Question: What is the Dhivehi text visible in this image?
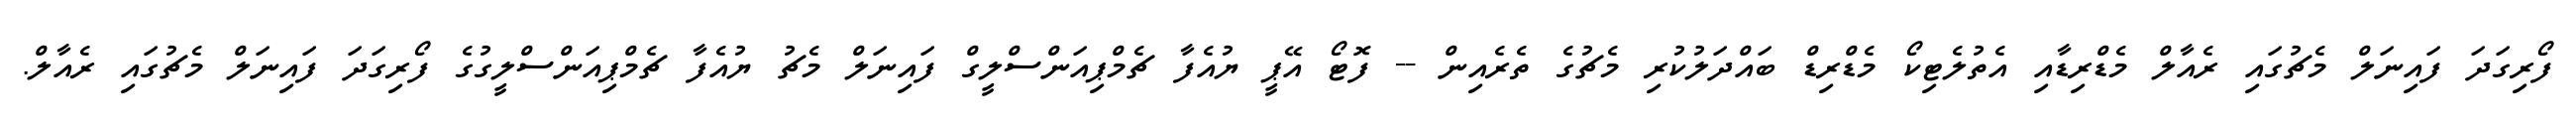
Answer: ފޯރިގަދަ ފައިނަލް މެޗުގައި ރެއާލް މެޑްރިޑާއި އެތުލެޓިކޯ މެޑްރިޑް ބައްދަލުކުރި މެޗުގެ ތެރެއިން -- ފޮޓޯ އޭޕީ ޔުއެފާ ޗެމްޕިއަންސްލީގް ފައިނަލް މެޗު ޔުއެފާ ޗެމްޕިއަންސްލީގުގެ ފޯރިގަދަ ފައިނަލް މެޗުގައި ރެއާލް.